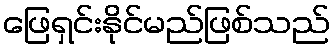
ဖြေရှင်းနိုင်မည်ဖြစ်သည်